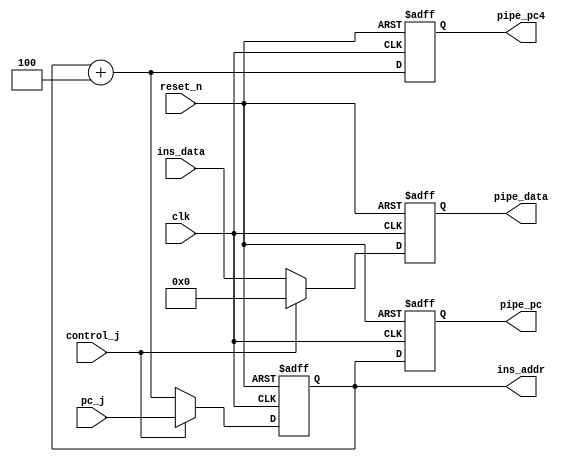
module IF(
    input clk,
    input reset_n,
    input control_j,
    input [31:0] pc_j,
    input [31:0] ins_data,
    output [31:0] pipe_pc4,
    output [31:0] pipe_pc,
    output [31:0] ins_addr,
    output [31:0] pipe_data
);
reg [31:0] pc_out_reg;
reg [31:0] pc_in_reg;
reg [31:0] pipe_pc4_reg;
reg [31:0] pipe_pc_reg;
reg [31:0] pipe_data_reg;
reg [31:0] ins_data_reg;
assign ins_addr = pc_out_reg;
assign pipe_pc = pipe_pc_reg;
assign pipe_data = pipe_data_reg;
assign pipe_pc4 = pipe_pc4_reg;

always @(control_j or pc_out_reg or pc_j or ins_data)
begin : MUX
    if (control_j == 1'b0) begin
        pc_in_reg = pc_out_reg + 32'd4;
        ins_data_reg = ins_data;
    end else begin
        pc_in_reg = pc_j;
        ins_data_reg = 32'd0;
    end
end

always @(posedge clk or negedge reset_n)
begin : PC_REGISTER
    if (reset_n == 1'b0) begin
        pc_out_reg <= 32'd128;
        pipe_pc_reg <= 32'd0;
        pipe_pc4_reg <= 32'd0;
        pipe_data_reg <= 32'd0;
    end else begin
        pc_out_reg <= pc_in_reg;
        pipe_pc4_reg <= pc_out_reg + 32'd4;
        pipe_pc_reg <= pc_out_reg;
        pipe_data_reg <= ins_data_reg;
    end
end
endmodule